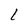
Character: L